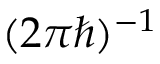
( 2 \pi \hbar ) ^ { - 1 }